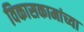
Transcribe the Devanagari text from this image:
विकासकामांच्या